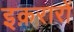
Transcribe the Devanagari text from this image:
इक़रारों